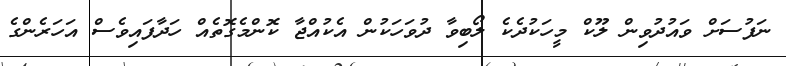
ނަފުސަށް ވައުދުވިން ލޫކް މީހަކުދެކެ ލޯބިވާ ދުވަހަކުން އެކުއްޖާ ކޮންމެގޮތެއް ހަދާފައިވެސް އަހަރެންގެ